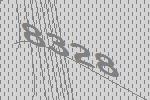
8328